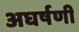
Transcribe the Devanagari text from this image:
अघर्षणी